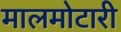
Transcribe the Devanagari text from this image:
मालमोटारी